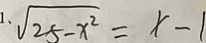
1 、 \sqrt { 2 5 - x ^ { 2 } } = x - 1